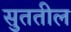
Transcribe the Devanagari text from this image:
सुततील